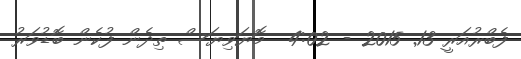
ފެބްރުއަރީ 13